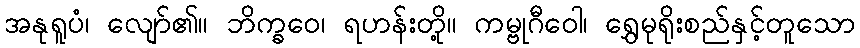
အနုရူပံ၊ လျော်၏။ ဘိက္ခဝေ၊ ရဟန်းတို့။ ကမ္ဗုဂီဝေါ၊ ရွှေမုရိုးစည်နှင့်တူသော